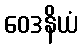
ဝေဒနိယံ